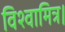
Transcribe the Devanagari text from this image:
विश्वामित्र।